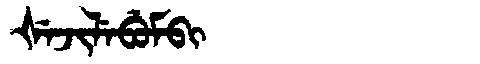
Manchu: ᡧᡝᠵᡳᠯᡝᠪᡠᠮᠪᡳ
Romanization: ŠEJILEBUMBI